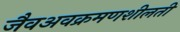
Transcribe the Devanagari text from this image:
जैवअवक्रमणशीलती